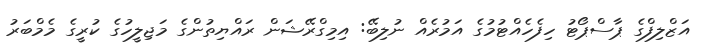
އަޒްލިފްގެ ޕާސްޕޯޓު ހިފެހެއްޓުމުގެ އަމުރެއް ނުލިބޭ: އިމިގްރޭޝަން ރައްޔިތުންގެ މަޖިލީހުގެ ކުރީގެ މެމްބަރު